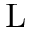
\mathrm { L }